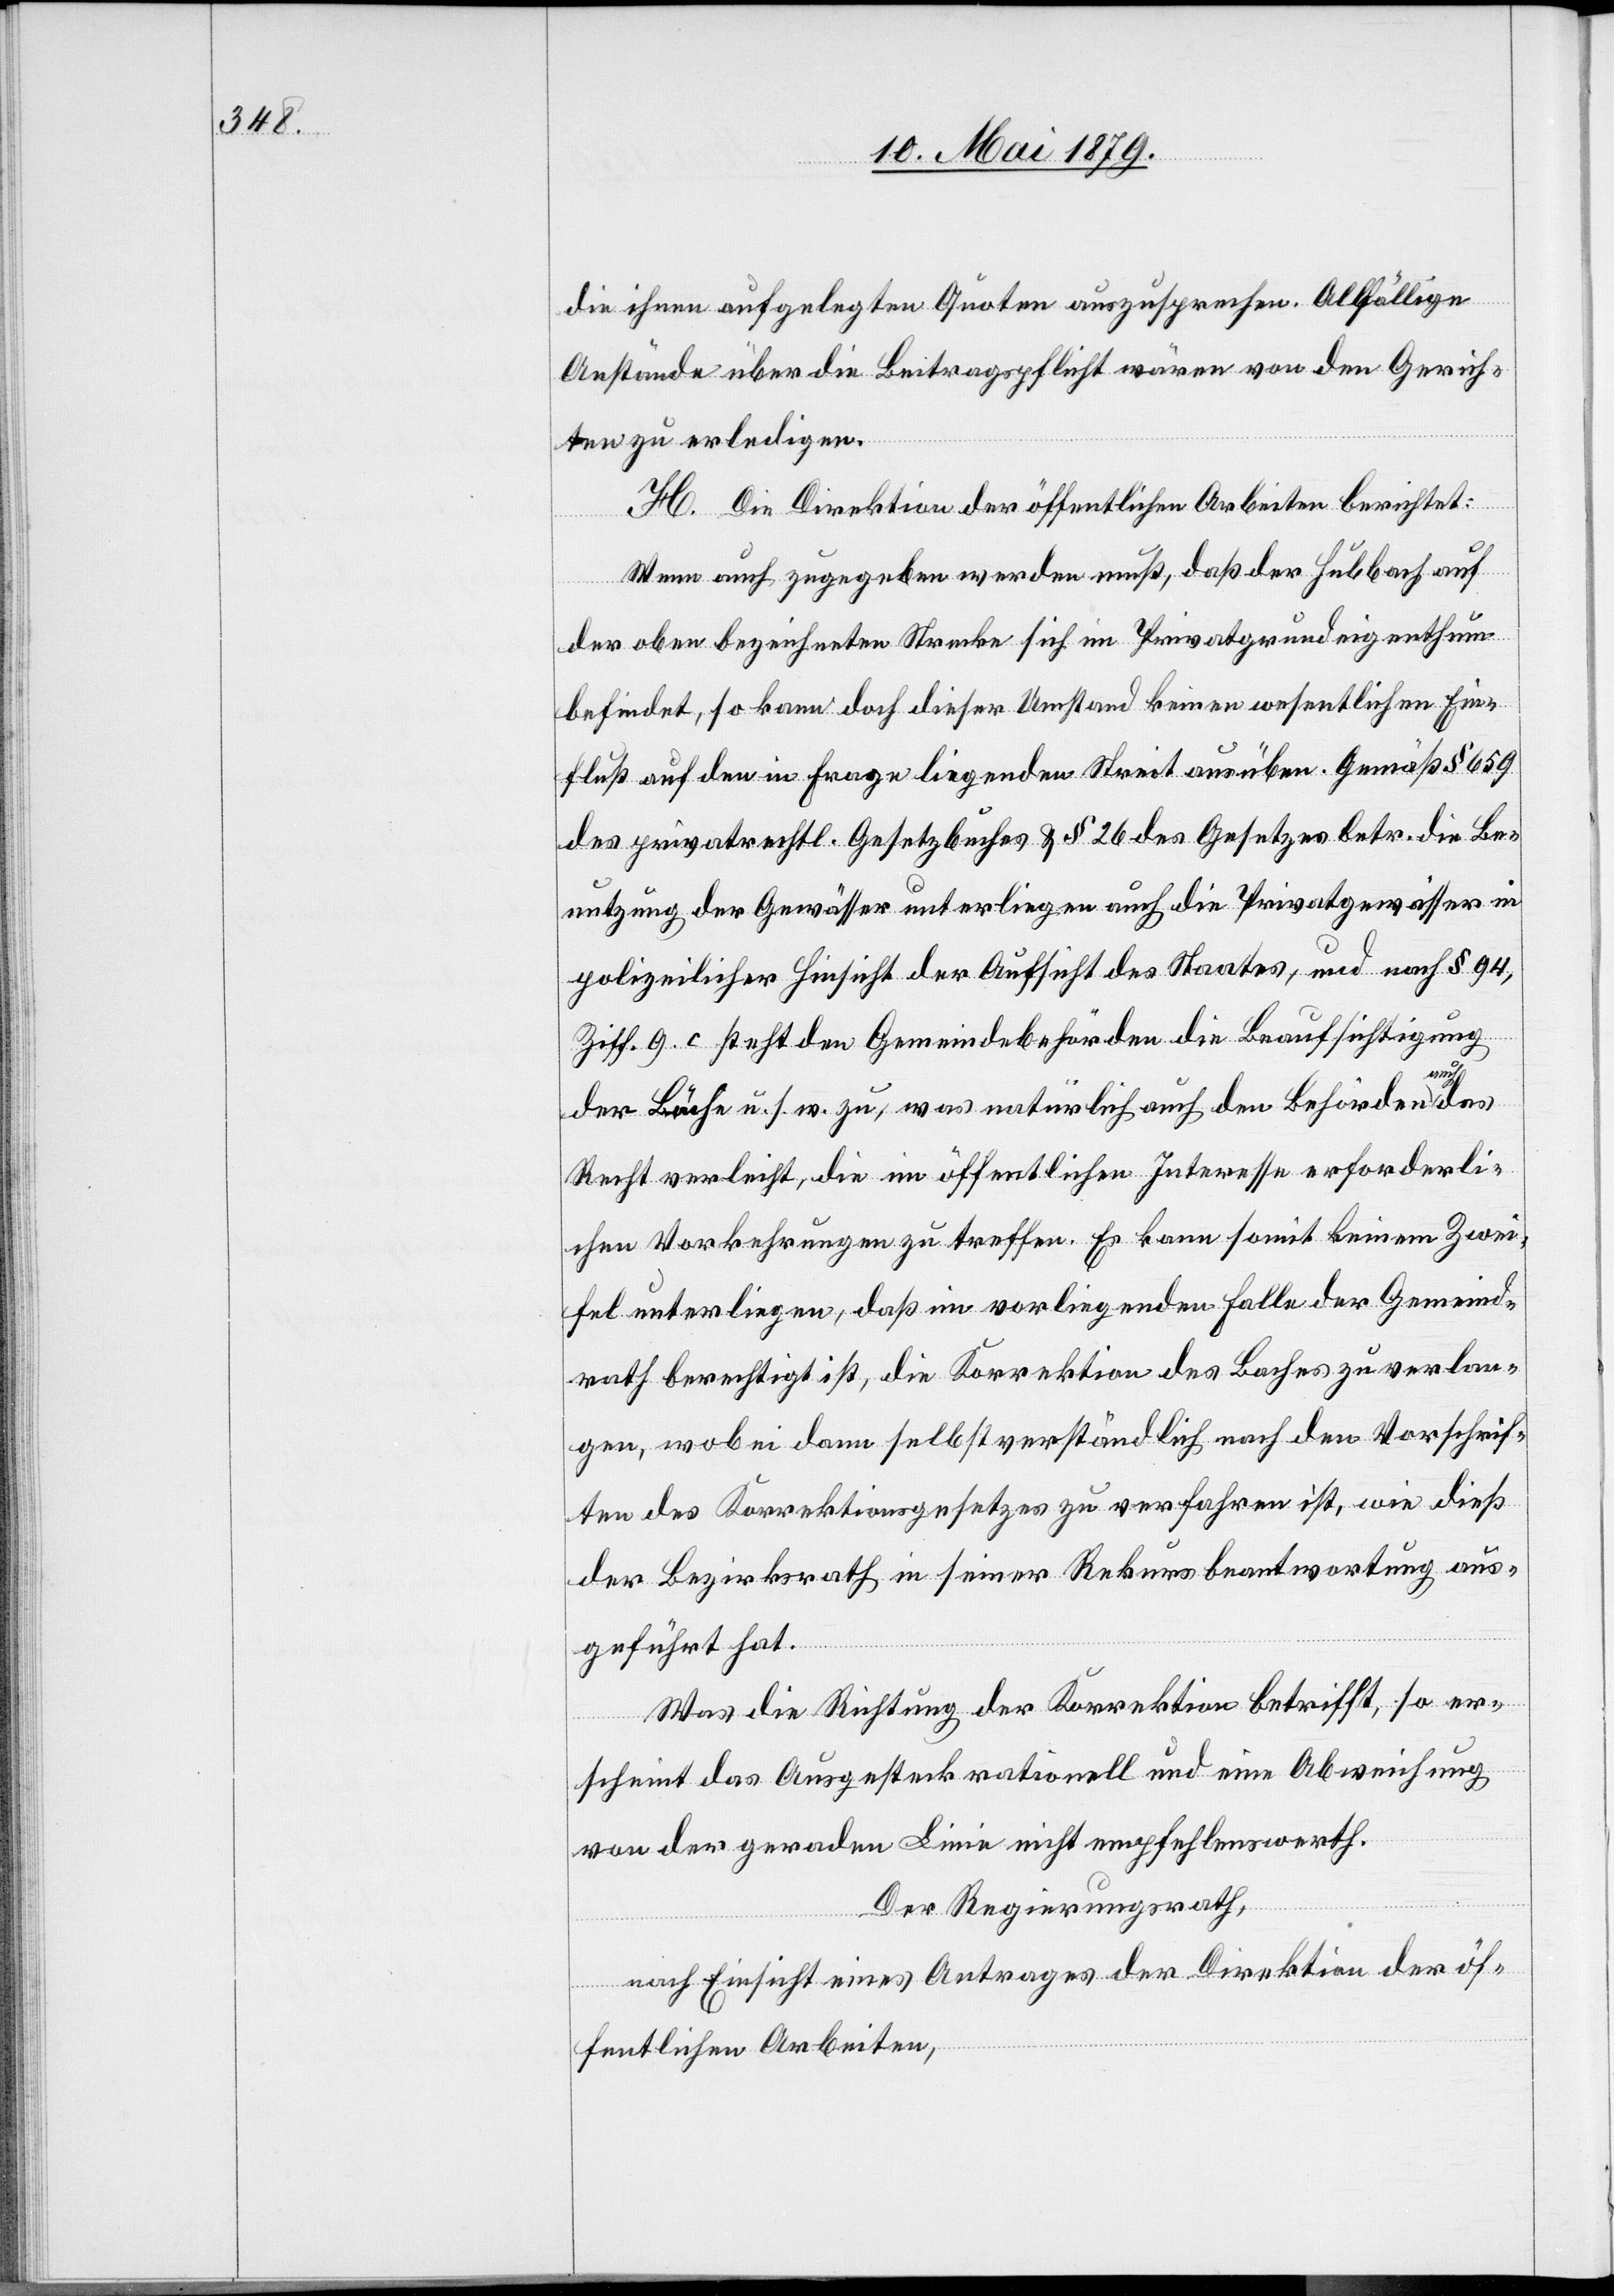
die ihnen aufgelegten Quoten auszusprechen. Allfällige
Anstände über die Beitragspflicht wären von den Gerich¬
ten zu erledigen.
H. Die Direktion der öffentlichen Arbeiten berichtet:
Wenn auch zugegeben werden muß, daß der Hubbach auf
der oben bezeichneten Strecke sich im Privatgrundeigenthum
befindet, so kann doch dieser Umstand keinen wesentlichen Ein¬
fluß auf den in Frage liegenden Streit ausüben. Gemäß § 659
des privatrechtl. Gesetzbuches & § 26 des Gesetzes betr. die Be¬
nutzung der Gewässer unterliegen auch die Privatgewässer in
polizeilicher Hinsicht der Aufsicht des Staates, und nach § 94,
Ziff. 9. c steht den Gemeindebehörden die Beaufsichtigung
der Bäche u. s. w. zu, was natürlich auch den Behörden auch
Recht verleiht, die im öffentlichen Interesse erforderli¬
chen Vorkehrungen zu treffen. Es kann somit keinem Zwei¬
fel unterliegen, daß im vorliegenden Falle der Gemeind¬
rath berechtigt ist, die Korrektion des Baches zu verlan¬
gen, wobei dann selbstverständlich nach den Vorschrif¬
ten des Korrektionsgesetzes zu verfahren ist, wie dieß
der Bezirksrath in seiner Rekursbeantwortung aus¬
geführt hat.
Was die Richtung der Korrektion betrifft, so er¬
scheint das Ausgesteck rationell und eine Abweichung
von der geraden Linie nicht empfehlenswerth.
Der Regierungsrath,
nach Einsicht eines Antrages der Direktion der öf¬
fentlichen Arbeiten,